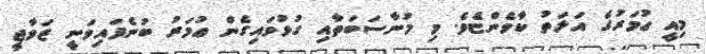
މިއީ ޢުމަރުގެ އަލަތު ކާވެންޏެވެ. މި މުނާސަބަތާއި ގުޅުވައިގެން ޢުމަރު ބުނެފައިވަނީ ޒަވާޖީ